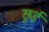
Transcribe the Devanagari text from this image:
छूई